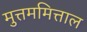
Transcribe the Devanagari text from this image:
मुत्तममित्ताल